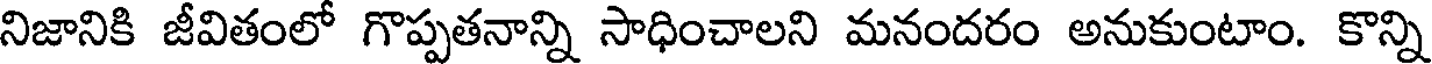
నిజానికి జీవితంలో గొప్పతనాన్ని సాధించాలని మనందరం అనుకుంటాం. కొన్ని